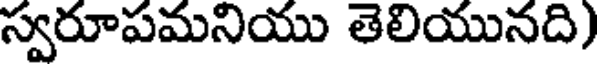
స్వరూపమనియు తెలియునది)